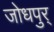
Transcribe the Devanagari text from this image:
जोधपुर्